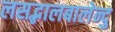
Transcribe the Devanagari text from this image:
लसद्भालबालेन्दु